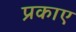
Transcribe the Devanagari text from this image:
प्रकाए